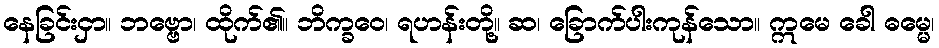
နေခြင်းငှာ။ ဘဗ္ဗော၊ ထိုက်၏။ ဘိက္ခဝေ၊ ရဟန်းတို့။ ဆ၊ ခြောက်ပါးကုန်သော။ ဣမေ ခေါ ဓမ္မေ၊